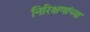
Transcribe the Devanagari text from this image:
निरिक्षणांच्या